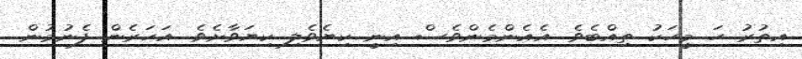
އިތުރު ހަ މީހަކު ތިއްބެވެ. އެއެންމެންވެސް އިނީ ކިޔެވެލި ކިޔަވާށެވެ. އަހަރެން ފެނުމުން